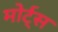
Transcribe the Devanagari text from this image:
मोर्ट्स